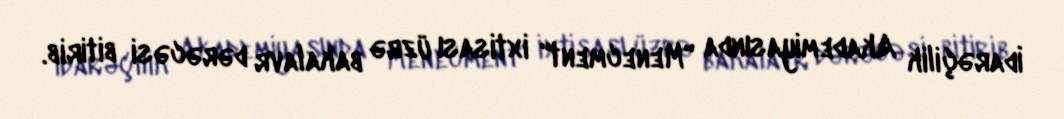
İdarəçilik Akademiyasında "Menecment" ixtisası üzrə bakalavr dərəcəsi bitirib.